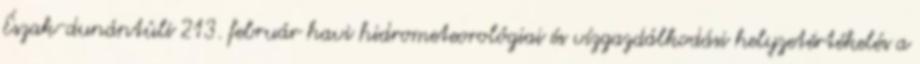
Észak-dunántúli 213. február havi hidrometeorológiai és vízgazdálkodási helyzetértékelés a